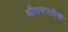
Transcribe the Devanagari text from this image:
श्रीगणपतीची